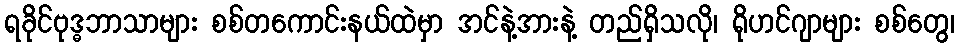
ရခိုင်ဗုဒ္ဓဘာသာများ စစ်တကောင်းနယ်ထဲမှာ အင်နဲ့အားနဲ့ တည်ရှိသလို၊ ရိုဟင်ဂျာများ စစ်တွေ၊